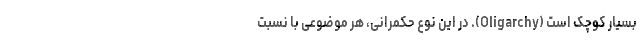
بسیار کوچک است (Oligarchy). در این نوع حکمرانی، هر موضوعی با نسبت